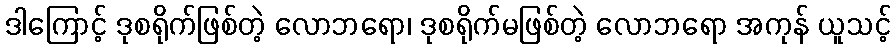
ဒါကြောင့် ဒုစရိုက်ဖြစ်တဲ့ လောဘရော၊ ဒုစရိုက်မဖြစ်တဲ့ လောဘရော အကုန် ယူသင့်